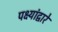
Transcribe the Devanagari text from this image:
पक्ष्यांद्वारे